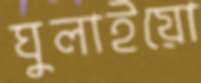
ঘুলাইয়ো